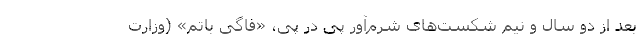
بعد از دو سال و نیم شکست‌های شرم‌آور پی در پی، «فاگی باتم» (وزارت